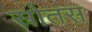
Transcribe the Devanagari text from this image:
स्रोतस